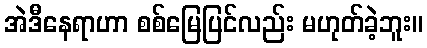
အဲဒီနေရာဟာ စစ်မြေပြင်လည်း မဟုတ်ခဲ့ဘူး။